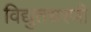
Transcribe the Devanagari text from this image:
विद्युतधरणी